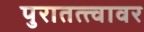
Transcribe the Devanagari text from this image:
पुरातत्त्वावर